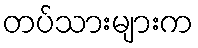
တပ်သားများက